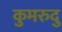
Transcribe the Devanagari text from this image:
कुमरुदु